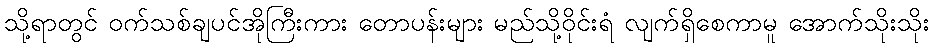
သို့ရာတွင် ဝက်သစ်ချပင်အိုကြီးကား တောပန်းများ မည်သို့ဝိုင်းရံ လျက်ရှိစေကာမူ အောက်သိုးသိုး